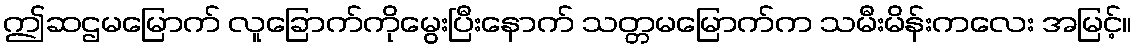
ဤဆဌမမြောက် လူခြောက်ကိုမွေးပြီးနောက် သတ္တမမြောက်က သမီးမိန်းကလေး အမြင့်။